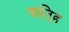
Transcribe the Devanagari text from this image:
फतिह